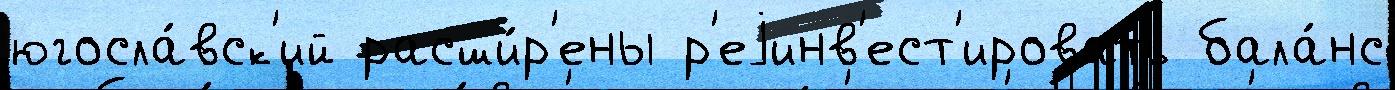
югосла́вск'ий расши́р'ены р'еjинв'ест'ировать бала́нс